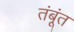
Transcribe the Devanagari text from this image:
तंबूंत